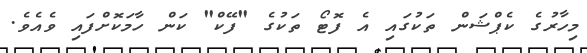
މިހާރުގެ ކެޕްޝަން ތަކުގައި އެ ފޮޓޯ ތަކުގެ "ފޭކް" ކަން ހާމަކޮށްފައި ވެއެވެ.